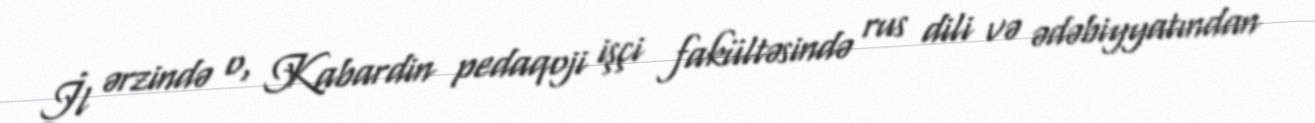
İl ərzində o, Kabardin pedaqoji işçi fakültəsində rus dili və ədəbiyyatından